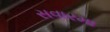
સવારમા